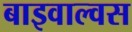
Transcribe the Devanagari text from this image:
बाइवाल्वस